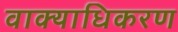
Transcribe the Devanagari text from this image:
वाक्याधिकरण